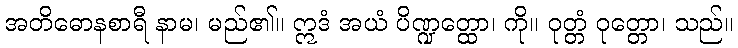
အတိဓောနစာရီ နာမ၊ မည်၏။ ဣဒံ အယံ ပိဏ္ဍတ္ထော၊ ကို။ ဝုတ္တံ ဝုတ္တော၊ သည်။